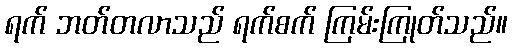
ရက် ဘတ်တလာသည် ရက်စက် ကြမ်းကြုတ်သည်။